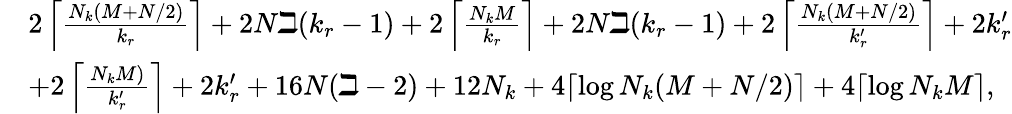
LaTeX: \begin{array}{rl}&{2\left\lceil\frac{N_{k}(M+N/2)}{k_{r}}\right\rceil+2N\beth(k_{r}-1)+2\left\lceil\frac{N_{k}M}{k_{r}}\right\rceil+2N\beth(k_{r}-1)+2\left\lceil\frac{N_{k}(M+N/2)}{k_{r}^{\prime}}\right\rceil+2k_{r}^{\prime}}\\ &{+2\left\lceil\frac{N_{k}M)}{k_{r}^{\prime}}\right\rceil+2k_{r}^{\prime}+16N(\beth-2)+12N_{k}+4\lceil\log N_{k}(M+N/2)\rceil+4\lceil\log N_{k}M\rceil,}\end{array}